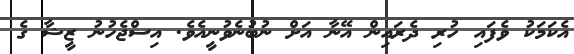
އެކަމަކު ވެފައި ހުރި ދެރައިން އޭނާ އަށް ނުބުނެވުނީއެވެ. އިސްޖެހުނު ޒީޝާ ގެ